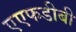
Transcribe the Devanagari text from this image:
एएफडीबी